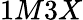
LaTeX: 1M3X